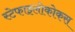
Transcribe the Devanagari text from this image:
स्टेफाइलोकोकस